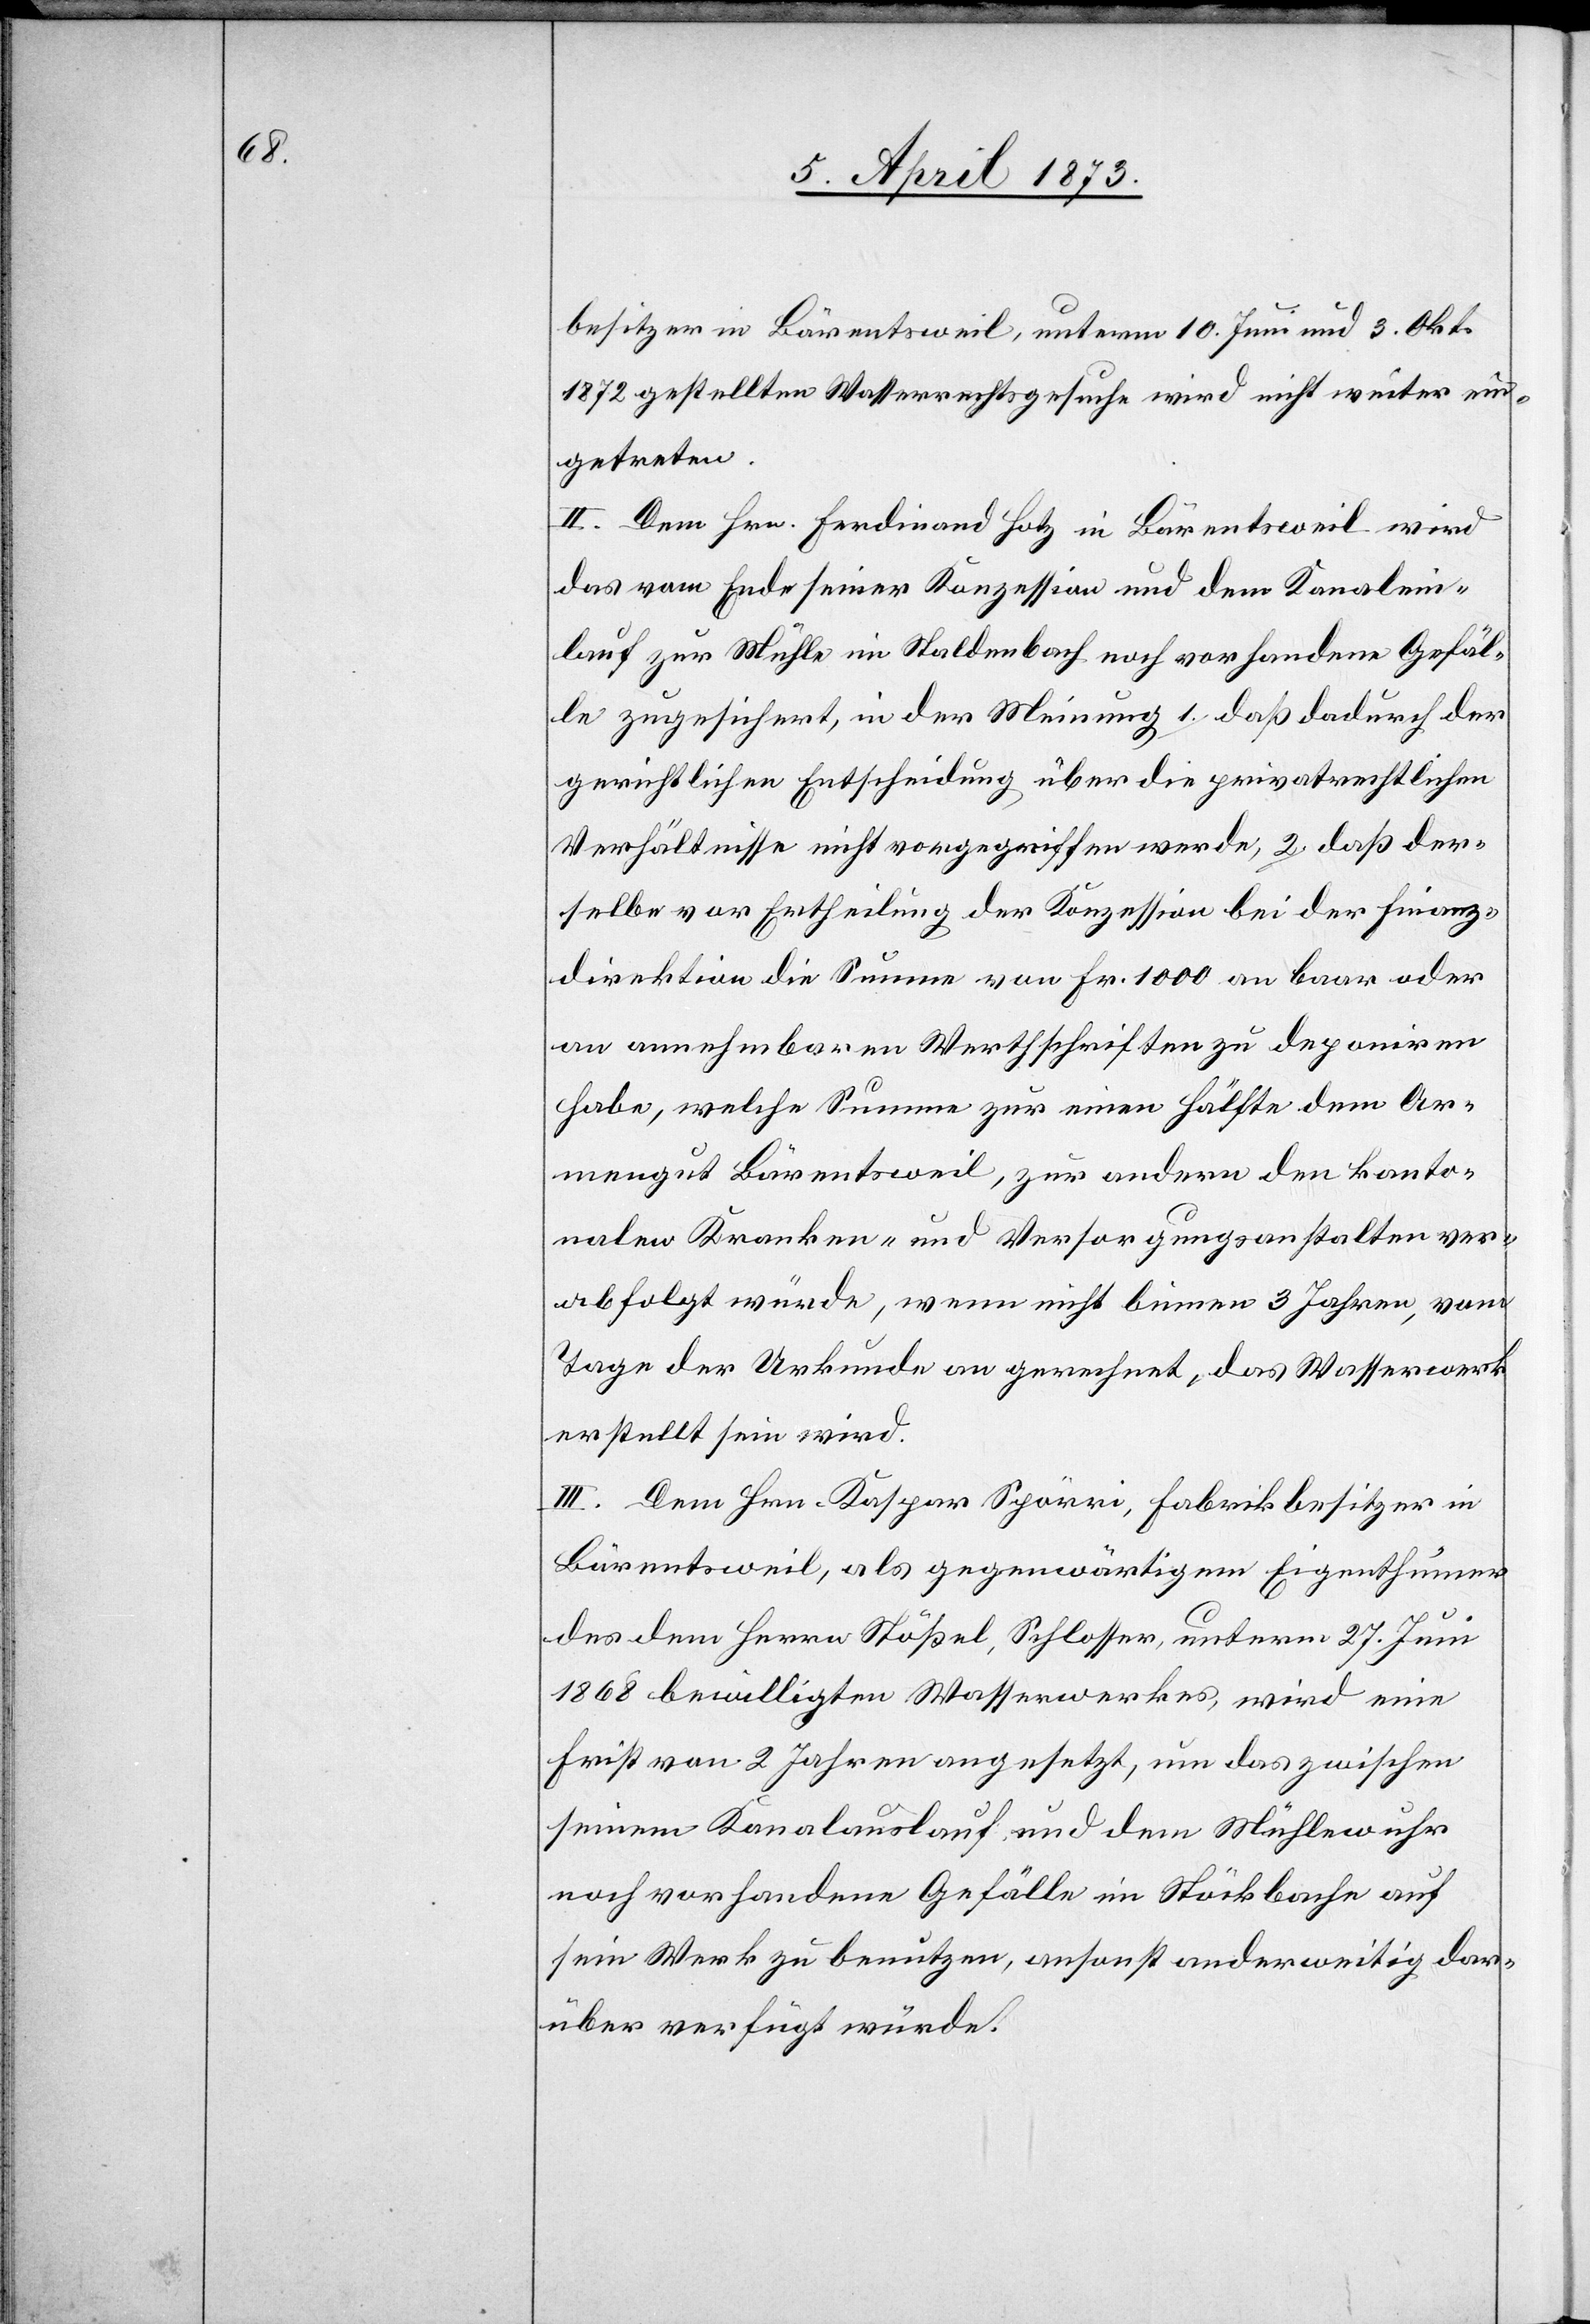
besitzer in Bärentsweil, unterm 10. Juni und 3. Okt.
1872 gestellten Wasserrechtsgesuche wird nicht weiter ein¬
getreten.
II. Dem Hrn. Ferdinand Hotz in Bärentsweil wird
das vom Ende seiner Konzession und dem Kanalein¬
lauf zur Mühle im Staldenbach noch vorhandene Gefäl¬
le zugesichert, in der Meinung 1. daß dadurch der
gerichtlichen Entscheidung über die privatrechtlichen
Verhältnisse nicht vorgegriffen werde, 2. daß der¬
selbe vor Ertheilung der Konzession bei der Finanz¬
direktion die Summe von Fr. 1000 an baar oder
an annehmbaren Werthschriften zu deponiren
habe, welche Summe zur einen Hälfte dem Ar¬
mengut Bärentsweil, zur andern den kanto¬
nalen Kranken- und Versorgungsanstalten ver¬
abfolgt würde, wenn nicht binnen 3 Jahren, vom
Tage der Urkunde an gerechnet, das Wasserwerk
erstellt sein wird.
III. Dem Hrn. Kaspar Spörri, Fabrikbesitzer in
Bärentsweil, als gegenwärtigem Eigenthümer
des dem Herrn Stößel, Schlosser, unterm 27. Juni
1868 bewilligten Wasserwerkes, wird eine
Frist von 2 Jahren angesetzt, um das zwischen
seinem Kanalauslauf und dem Mühlewuhr
noch vorhandene Gefälle im Stöckbache auf
sein Werk zu benutzen, ansonst anderweitig dar¬
über verfügt würde.